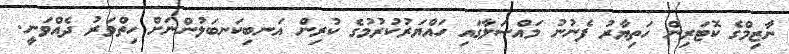
ނާޒިމްގެ ކޮޓަރިން ހަތިޔާރު ފެނުނު މައްސަލާގައި ހައްޔަރުކުރުމުގެ ކުރިން އަނބިކަނބަލުންނަށް ހިތްވަރު ދެއްވަނީ.